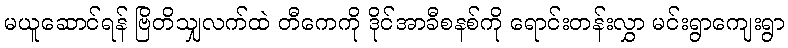
မယူဆောင်ရန် ဗြိတိသျှလက်ထဲ တီကေကို ဒိုင်အာခီစနစ်ကို ရောင်းတန်းလွှာ မင်းရွာကျေးရွာ